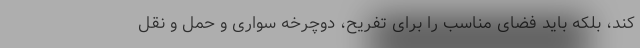
کند، بلکه باید فضای مناسب را برای تفریح، دوچرخه سواری و حمل و نقل